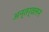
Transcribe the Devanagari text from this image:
अन्तर्वलन